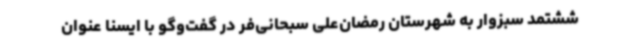
ششتمد سبزوار به شهرستان رمضان‌علی سبحانی‌فر در گفت‌وگو با ایسنا عنوان